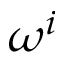
\omega ^ { i }